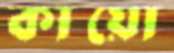
কায়ো